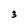
Character: 3